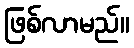
ဖြစ်လာမည်။